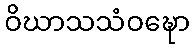
ဝိဃာသသံဝဍ္ဎော